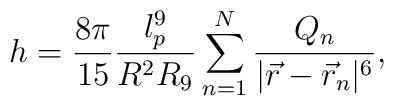
h = \frac{8 \pi}{15} \frac{l_p^9}{R^2 R_9}\sum_{n=1}^{N} \frac{Q_n}{| \vec{r} - \vec{r}_n |^6}  ,